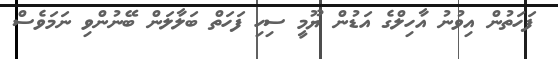
ފަހަތުން އިވުނު އާހިލްގެ އަޑުން ޔޫމީ ސިހި ފަހަތް ބަލާލަން ބޭނުންވި ނަމަވެސް